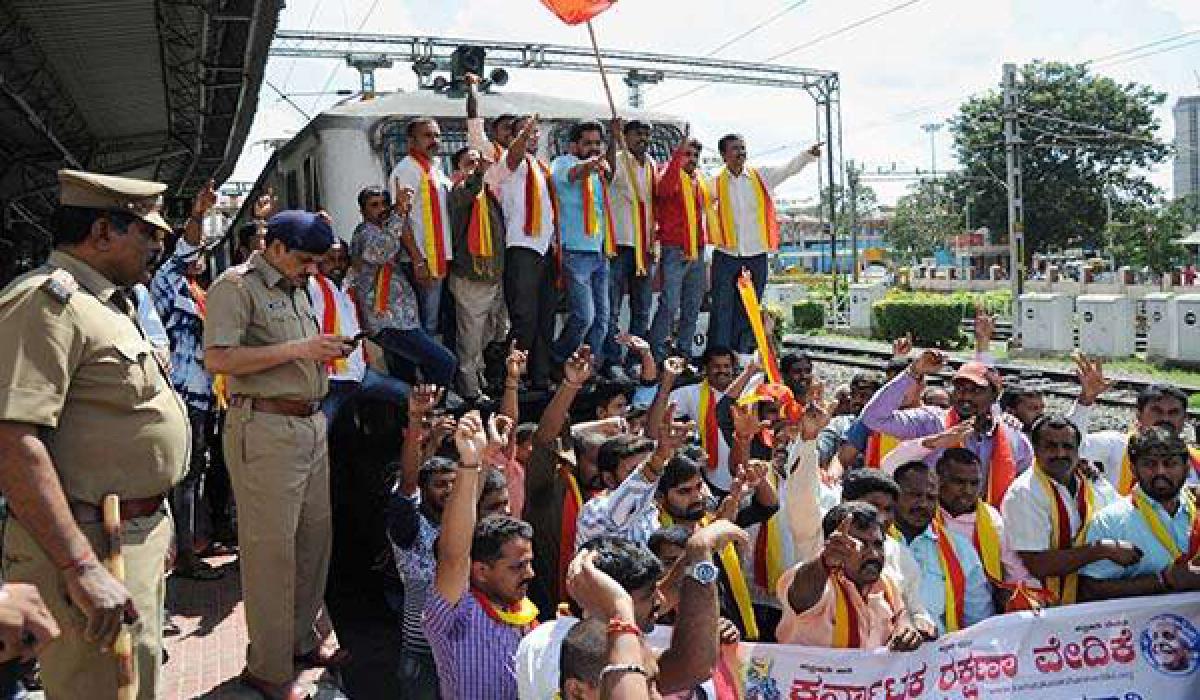
Language: kannada
Transcription: ವೇದಿಕೆ ರಕ್ಷಣಾ